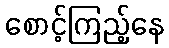
စောင့်ကြည့်နေ